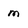
Character: m